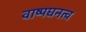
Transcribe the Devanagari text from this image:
वाष्पघनत्व